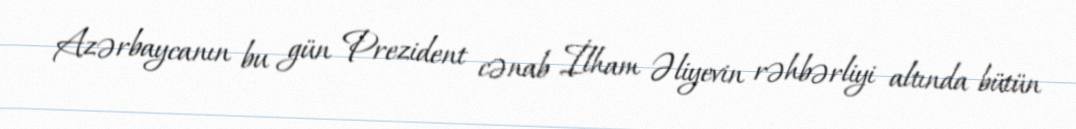
Azərbaycanın bu gün Prezident cənab İlham Əliyevin rəhbərliyi altında bütün